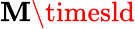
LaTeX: \mathbf{M}\timesld